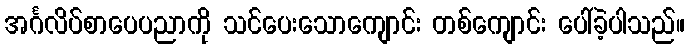
အင်္ဂလိပ်စာပေပညာကို သင်ပေးသောကျောင်း တစ်ကျောင်း ပေါ်ခဲ့ပါသည်။